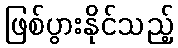
ဖြစ်ပွားနိုင်သည့်